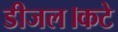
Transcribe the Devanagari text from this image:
डीजल।कटे